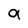
Character: a